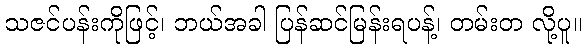
သဇင်ပန်းကိုဖြင့်၊ ဘယ်အခါ ပြန်ဆင်မြန်းရပန့်၊ တမ်းတ လို့ပူ။